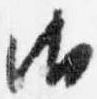
御